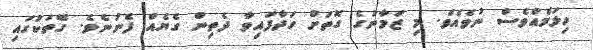
ހިލަމެއްވެސް ނުވެއެވެ. މި ޒަމާނުގެ ގޮތަށް ހަދާފައިވާ ދެތިން ގެޔެއް ފެނުނެވެ. ގޭތަކުގައި